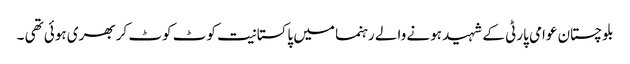
بلوچستان عوامی پارٹی کے شہید ہونے والے رہنما میں پاکستانیت کوٹ کوٹ کر بھری ہوئی تھی ۔